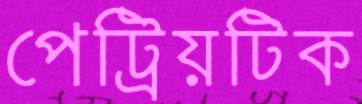
পেট্রিয়টিক